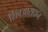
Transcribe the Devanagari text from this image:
शिवआराधन